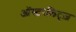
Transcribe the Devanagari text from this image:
ऑस्टरलिट्ज़